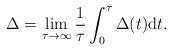
LaTeX: \begin{align*} \Delta = \lim_{\tau\to\infty}\frac{1}{\tau}\int_0^\tau \Delta(t) \mathrm{d}t.\end{align*}